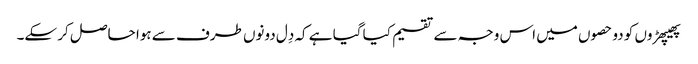
پھیپھڑوں کو دو حصوں میں اس وجہ سے تقسیم کیا گیا ہے کہ دِل دونوں طرف سے ہوا حاصل کر سکے۔